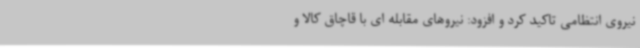
نیروی انتظامی تاکید کرد و افزود: نیروهای مقابله ای با قاچاق کالا و